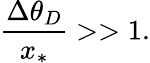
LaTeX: \frac{\Delta\theta_{D}}{x_{*}}>>1.